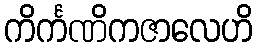
ကိင်္ကဏိကဇာလေဟိ